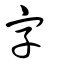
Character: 字